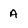
Character: A